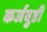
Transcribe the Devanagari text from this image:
कर्जबुडी